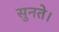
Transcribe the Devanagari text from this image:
सुनते।